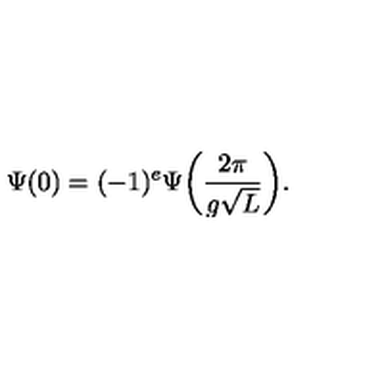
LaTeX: \Psi ( 0 ) = ( - 1 ) ^ { e } \Psi \bigg ( \frac { 2 \pi } { g \sqrt L } \bigg ) .